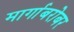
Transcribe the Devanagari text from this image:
मार्गाबरोबर